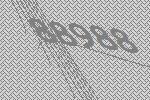
88988